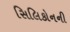
સિલિકોનની